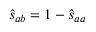
\hat { s } _ { a b } = 1 - \hat { s } _ { a a }